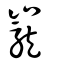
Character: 巃